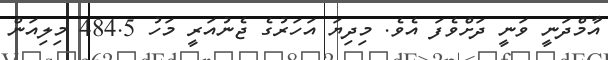
އާމްދަނީ ވަނީ ދަށްވެފަ އެވެ. މިދިޔަ އަހަރުގެ ޖެނުއަރީ މަހު 484.5 މިލިއަން